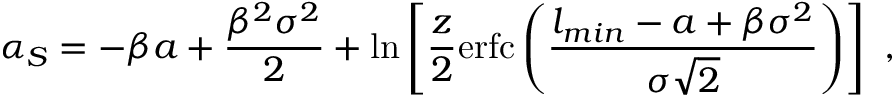
\alpha _ { S } = - \beta a + \frac { \beta ^ { 2 } \sigma ^ { 2 } } { 2 } + \ln \left[ \frac { z } { 2 } \mathrm { e r f c } \left( \frac { l _ { m i n } - a + \beta \sigma ^ { 2 } } { \sigma \sqrt 2 } \right) \right] \ ,